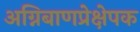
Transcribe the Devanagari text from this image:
अग्निबाणप्रेक्षेपक